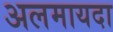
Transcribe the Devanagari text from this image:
अलमायदा